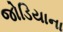
જોડિયાના